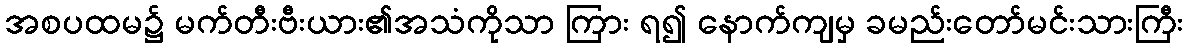
အစပထမ၌ မက်တီးဗီးယား၏အသံကိုသာ ကြား ရ၍ နောက်ကျမှ ခမည်းတော်မင်းသားကြီး